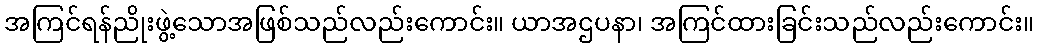
အကြင်ရန်ညိုးဖွဲ့သောအဖြစ်သည်လည်းကောင်း။ ယာအဌပနာ၊ အကြင်ထားခြင်းသည်လည်းကောင်း။